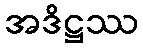
အဒိဋ္ဌဿ